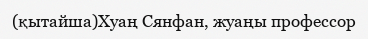
(қытайша)Хуаң Сянфан, жуаңы профессор